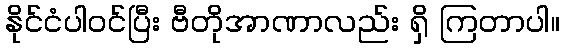
နိုင်ငံပါဝင်ပြီး ဗီတိုအာဏာလည်း ရှိ ကြတာပါ။